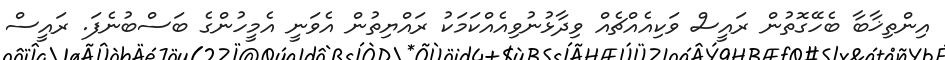
އިންތިޚާބާ ބެހޭގޮތުން ރައީސް ވަކިއެއްޗެއް ވިދާޅުނުވިއެއްކަމަކު ރައްޔިތުން އެވަނީ އެމީހުންގެ ބަސްބުނެފަ. ރައީސް